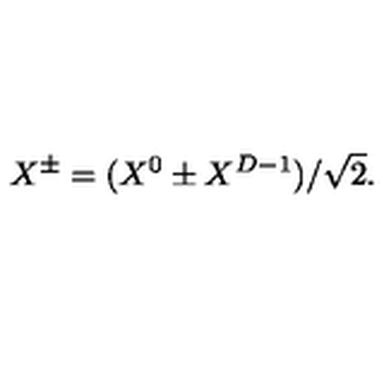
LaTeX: X ^ { \pm } = ( X ^ { 0 } \pm X ^ { D - 1 } ) / \sqrt { 2 } .